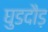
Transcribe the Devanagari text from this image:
घुडदौड़